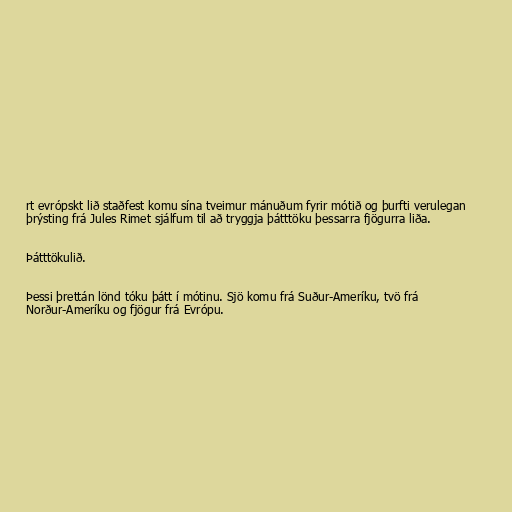
rt evrópskt lið staðfest komu sína tveimur mánuðum fyrir mótið og þurfti verulegan
þrýsting frá Jules Rimet sjálfum til að tryggja þátttöku þessarra fjögurra liða.

Þátttökulið.

Þessi þrettán lönd tóku þátt í mótinu. Sjö komu frá Suður-Ameríku, tvö frá
Norður-Ameríku og fjögur frá Evrópu.